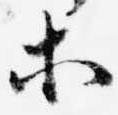
等